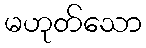
မဟုတ်သော